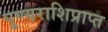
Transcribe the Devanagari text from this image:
पुण्यराशिप्राप्त